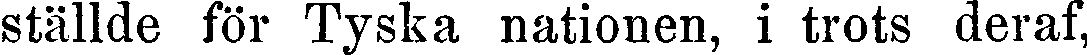
ställde för Tyska nationen, i trots deraf,